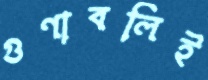
গুণাবলিই